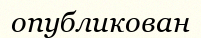
опубликован